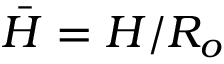
\bar { H } = H / R _ { o }